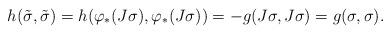
LaTeX: \begin{align*}h(\tilde{\sigma},\tilde{\sigma}) &= h(\varphi_*(J\sigma),\varphi_*(J\sigma))=-g(J\sigma,J\sigma)=g(\sigma,\sigma).\end{align*}